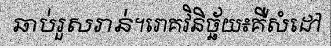
ឆាប់រួសរាន់។រោគវិនិច្ឆ័យ៖គឺសំដៅ